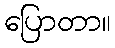
ပြောတာ။